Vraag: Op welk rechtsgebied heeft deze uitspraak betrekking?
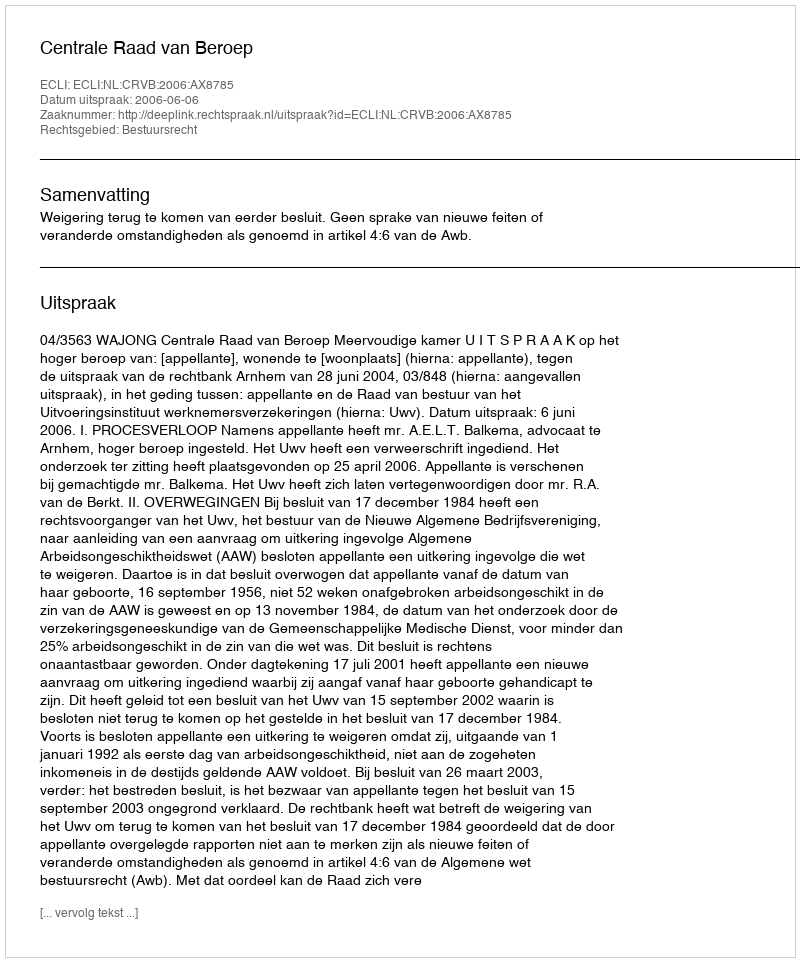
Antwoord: Bestuursrecht